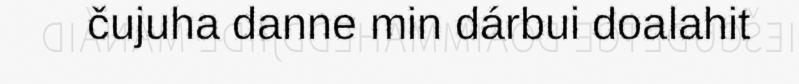
čujuha danne min dárbui doalahit